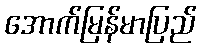
အောက်မြန်မာပြည်